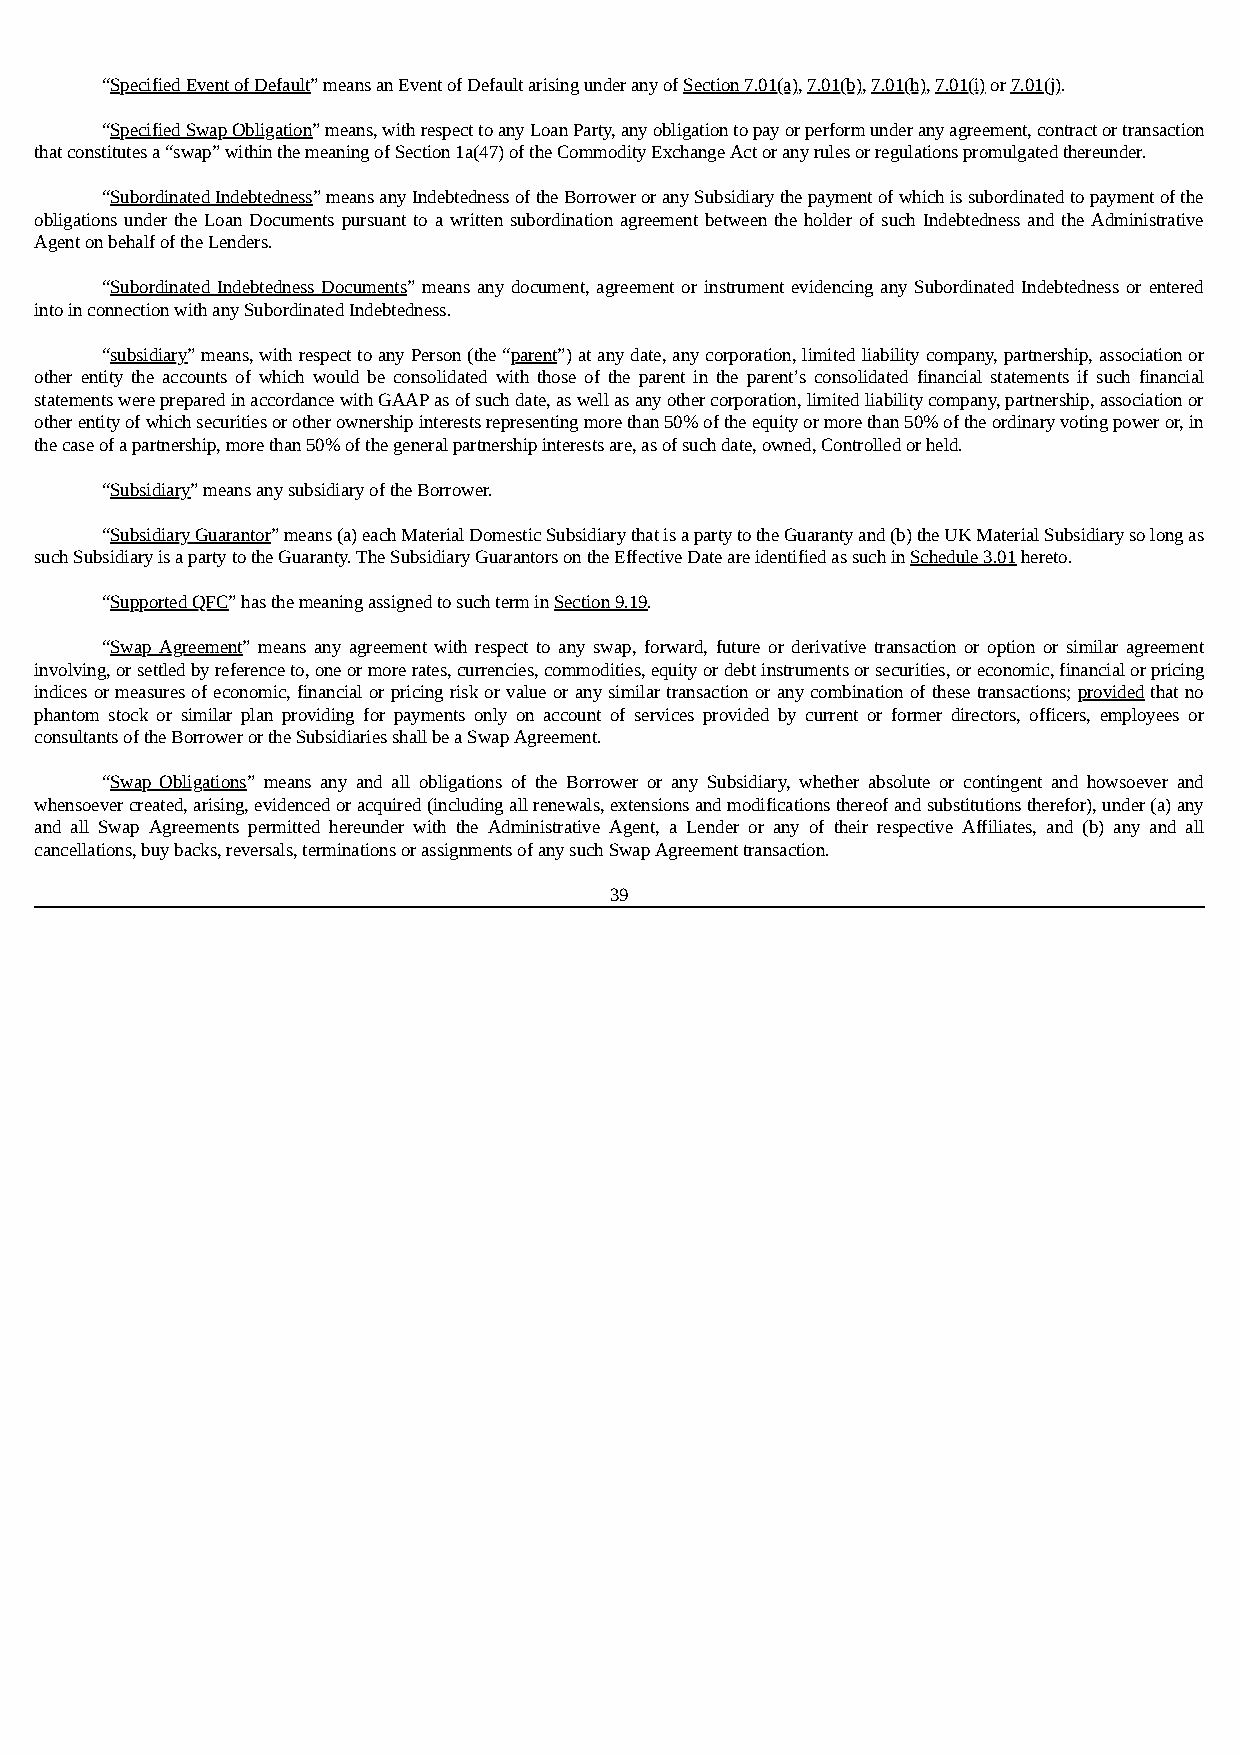
“Specified Event of Default” means an Event of Default arising under any of Section 7.01(a), 7.01(b), 7.01(h), 7.01(i) or 7.01(j).
 “Specified Swap Obligation” means, with respect to any Loan Party, any obligation to pay or perform under any agreement, contract or transaction
 that constitutes a “swap” within the meaning of Section 1a(47) of the Commodity Exchange Act or any rules or regulations promulgated thereunder.
 “Subordinated Indebtedness” means any Indebtedness of the Borrower or any Subsidiary the payment of which is subordinated to payment of the
 obligations under the Loan Documents pursuant to a written subordination agreement between the holder of such Indebtedness and the Administrative
 Agent on behalf of the Lenders.
 “Subordinated Indebtedness Documents” means any document, agreement or instrument evidencing any Subordinated Indebtedness or entered
 into in connection with any Subordinated Indebtedness.
 “subsidiary” means, with respect to any Person (the “parent”) at any date, any corporation, limited liability company, partnership, association or
 other entity the accounts of which would be consolidated with those of the parent in the parent’s consolidated financial statements if such financial
 statements were prepared in accordance with GAAP as of such date, as well as any other corporation, limited liability company, partnership, association or
 other entity of which securities or other ownership interests representing more than 50% of the equity or more than 50% of the ordinary voting power or, in
 the case of a partnership, more than 50% of the general partnership interests are, as of such date, owned, Controlled or held.
 “Subsidiary” means any subsidiary of the Borrower.
 “Subsidiary Guarantor” means (a) each Material Domestic Subsidiary that is a party to the Guaranty and (b) the UK Material Subsidiary so long as
 such Subsidiary is a party to the Guaranty. The Subsidiary Guarantors on the Effective Date are identified as such in Schedule 3.01 hereto.
 “Supported QFC” has the meaning assigned to such term in Section 9.19.
 “Swap Agreement” means any agreement with respect to any swap, forward, future or derivative transaction or option or similar agreement
 involving, or settled by reference to, one or more rates, currencies, commodities, equity or debt instruments or securities, or economic, financial or pricing
 indices or measures of economic, financial or pricing risk or value or any similar transaction or any combination of these transactions; provided that no
 phantom stock or similar plan providing for payments only on account of services provided by current or former directors, officers, employees or
 consultants of the Borrower or the Subsidiaries shall be a Swap Agreement.
 “Swap Obligations” means any and all obligations of the Borrower or any Subsidiary, whether absolute or contingent and howsoever and
 whensoever created, arising, evidenced or acquired (including all renewals, extensions and modifications thereof and substitutions therefor), under (a) any
 and all Swap Agreements permitted hereunder with the Administrative Agent, a Lender or any of their respective Affiliates, and (b) any and all
 cancellations, buy backs, reversals, terminations or assignments of any such Swap Agreement transaction.
 39